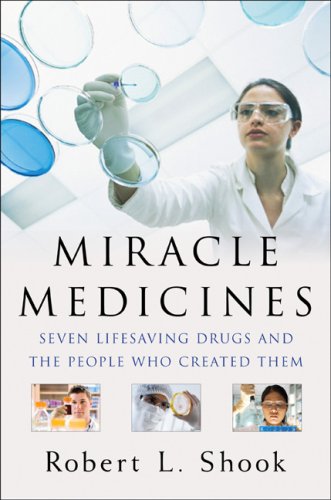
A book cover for Miracle Medicines: Seven Lifesaving Drugs and the People Who Created Them; Robert L. Shook; Medical Books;